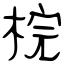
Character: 梡